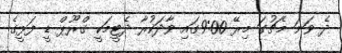
ދެ ވަނަ މެޗުގަ މިރޭ 9:00ގައި ވާދަކުރާ ދެޓީމަކީ ގްރޫޕް ޑީ ފަޅީގެ